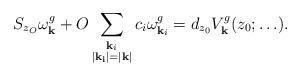
LaTeX: \begin{align*}S_{z_O}\omega_{\mathbf{k}}^g+O\sum_{\substack{\mathbf{k}_i\\ |\mathbf{k_i}|=|\mathbf{k}|}}c_i\omega_{\mathbf{k}_i}^g=d_{z_0}V_{\mathbf{k}}^g(z_0; \ldots).\end{align*}